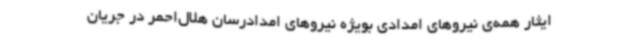
ایثار همه‌ی نیروهای امدادی بویژه نیروهای امدادرسان هلال‌احمر در جریان